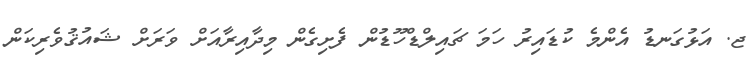
ޖ. އަޅުގަނޑު އެންމެ ކުޑައިރު ހަމަ ޗައިލްޑްހޫޑުން ފެށިގެން މިދާއިރާއަށް ވަރަށް ޝައުޤުވެރިކަން